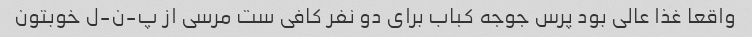
واقعا غذا عالی بود پرس جوجه کباب برای دو نفر کافی ست مرسی از پ-ن-ل خوبتون